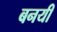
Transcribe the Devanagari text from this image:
बनयी